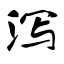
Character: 泻